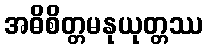
အဓိစိတ္တမနုယုတ္တဿ